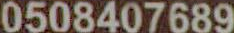
0508407689